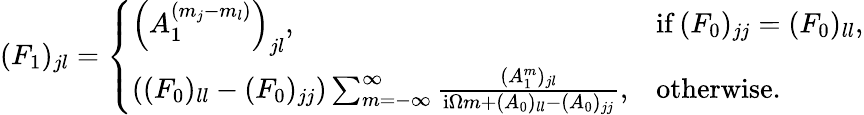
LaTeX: \begin{array}{r}{(F_{1})_{jl}=\left\{ \begin{array}{ll}{\left(A_{1}^{(m_{j}-m_{l})}\right)_{jl},}&{\mathrm{if}\, (F_{0})_{jj}=(F_{0})_{ll},}\\ {\left((F_{0})_{ll}-(F_{0})_{jj}\right)\sum_{m=-\infty}^{\infty}\frac{(A_{1}^{m})_{jl}}{\mathrm{i}\Omega m+(A_{0})_{ll}-(A_{0})_{jj}},}&{\mathrm{otherwise.}}\end{array}\right.}\end{array}